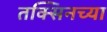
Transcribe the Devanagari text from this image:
तक्सिनच्या